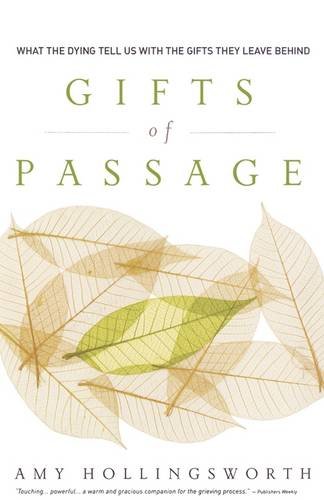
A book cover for Gifts of Passage: What the Dying Tell Us with the Gifts They Leave Behind; Amy Hollingsworth; Christian Books & Bibles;